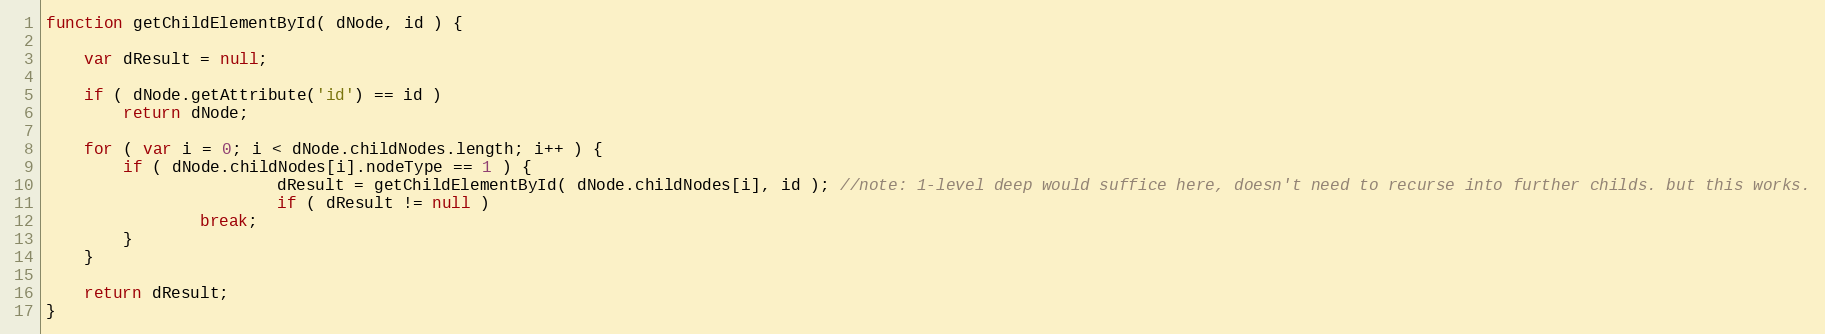
Language: JavaScript
function getChildElementById( dNode, id ) {

	var dResult = null;

	if ( dNode.getAttribute('id') == id )
		return dNode;

	for ( var i = 0; i < dNode.childNodes.length; i++ ) {
		if ( dNode.childNodes[i].nodeType == 1 ) {
                        dResult = getChildElementById( dNode.childNodes[i], id ); //note: 1-level deep would suffice here, doesn't need to recurse into further childs. but this works.
                        if ( dResult != null )
				break;
		}
	}

	return dResult;
}